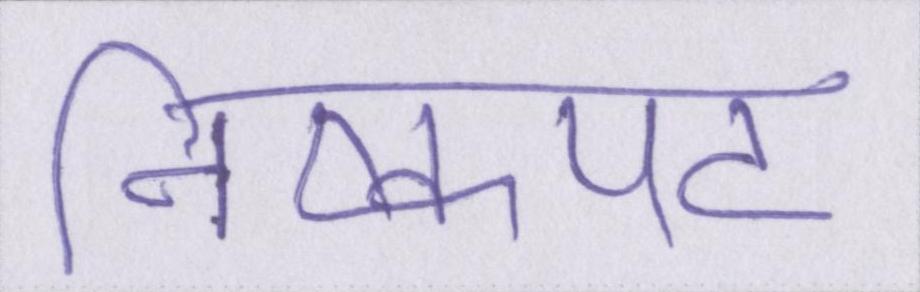
निष्कपट